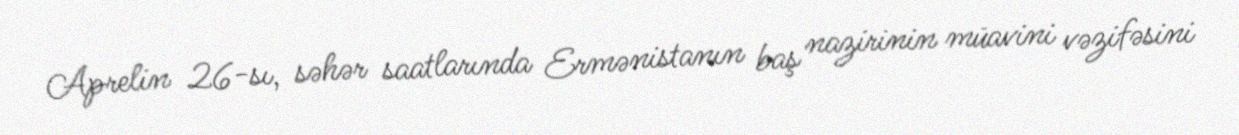
Aprelin 26-sı, səhər saatlarında Ermənistanın baş nazirinin müavini vəzifəsini